Report on vaccination in Madras 1895-1903 - 1895-1903
Year: 1895
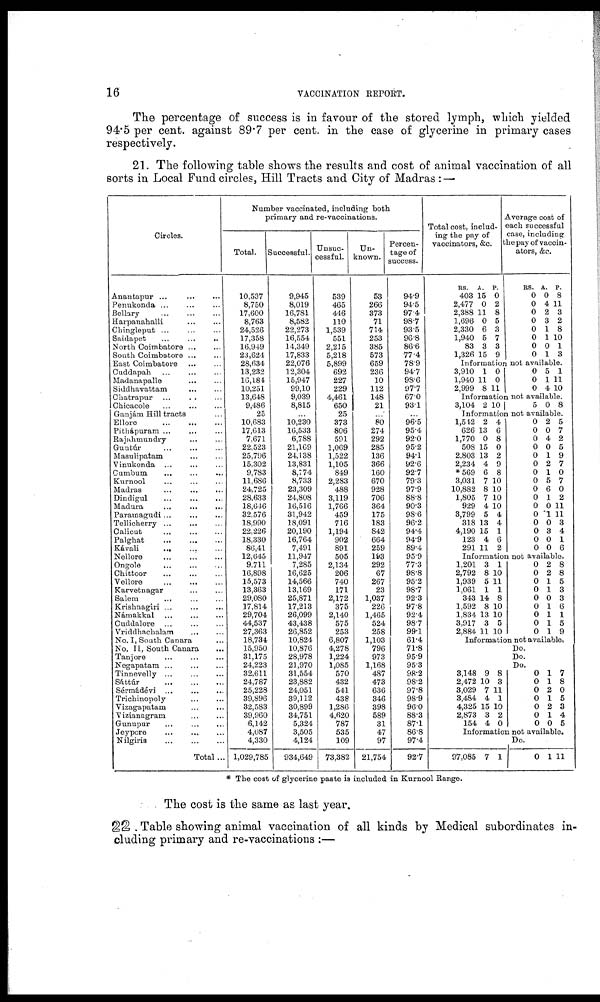
16
VACCINATION REPORT.
The percentage of success is in favour of the stored lymph, which yielded
94.5 per cent. against 89.7 per cent. in the case of glycerine in primary cases
respectively.
21. The following table shows the results and cost of animal vaccination of all
sorts in Local Fund circles, Hill Tracts and City of Madras : —
Circles.
Anantapur ...
...
...
Penukonda ... ... ...
Bellary ... ... ...
Harpanahalli ... ...
Chingleput ... ...
Saidapet ... ... ...
North Coimbatore ... ...
South Coimbatore ... ...
East Coimbatore ... ...
Cuddapah ... ... ...
Madanapalle ... ... ...
Siddhavattam ... ...
Chatrapur ... ... ...
Chicacole ... ... ...
Ganjám Hill tracts ...
Ellore
...
...
...
Pithápuram ... ... ...
Rajahmundry
... ...
Guntúr ... ... ...
Masulipatam ... ...
Vinukonda
...
...
...
Gumbum
... ... ...
Kurnool ... ... ...
Madras ... ... ...
Dindigul ... ... ...
Madura
...
...
...
Paramagudi ... ... ...
Tellicherry ...
... ...
Calicut ... ... ...
Palghat
...
...
...
Kávali
...
... ...
Nellore ... ... ...
Ongole
...
...
...
Chittoor ... ... ...
Vellore
...
...
...
Karvetnagar
...
...
Salem ... ... ...
Krishnagiri ... ... ...
Námakkal ... ... ...
Cuddalore ...
...
...
Vriddhachalam
... ...
No. I, South Canara ...
No. II, South Canara ...
Tanjore
...
...
...
Negapatam ... ... ...
Tinnevelly...
...
...
Sáttár
...
...
...
Sérmádévi ... ... ...
Trichinopoly ... ...
Vizagapatam
...
...
Vizianagram ... ...
Gunupur ... ... ...
Jeypore ... ... ...
Nilgiris ... ... ...
Total ...
Number vaccinated, including both
primary and re-vaccinations.
Total.
10,537
8,750
17,600
8,763
24,526
17,358
16,949
23,624
28,634
13,232
16,184
10,251
13,648
9,486
25
10,683
17,613
7,671
22,523
25,796
15,302
9,783
11,686
24,725
28,633
18,646
32,576
18,990
22,226
18,330
86,41
12,645
9,711
16,898
15,573
13,363
29,080
17,814
29,704
44,537
27,363
18,734
15,950
31,175
24,223
32,611
24,787
25,228
39,896
32,583
39,960
6,142
4,087
4,330
1,029,785
Successful.
9,945
8,019
16,781
8,582
22,273
16,554
14,349
17,833
22,076
12,304
15,947
99,10
9,039
8,815
...
10,230
16,533
6,788
21,169
24,138
13,831
8,774
8,733
23,309
24,808
16,516
31,942
18,091
20,190
16,764
7,491
11,947
7,285
16,625
14,566
13,169
25,871
17,213
26,099
43,438
26,852
10,824
10,876
28,978
21,970
31,554
23,882
24,051
39,112
30,899
34,751
5,324
3,505
4,124
934,649
Unsuc-
cessful.
539
465
446
110
1,539
551
2,215
5,218
5,899
692
227
229
4,461
650
25
373
806
591
1,069
1,522
1,105
849
2,283
488
3,119
1,766
459
716
1,194
902
891
505
2,134
206
740
171
2,172
375
2,140
575
253
6,807
4,278
1,224
1,085
570
432
541
438
1,286
4,620
787
535
109
73,382
Un-
known.
53
266
373
71
714
253
385
573
659
236
10
112
148
21
...
80
274
292
285
136
366
160
670
928
706
364
175
183
842
664
259
193
292
67
267
23
1,037
226
1,465
524
258
1,103
796
973
1,168
487
473
636
346
398
589
31
47
97
21,754
Percen-
tage of
success.
94.9
94.5
97.
98.7
93.5
96.8
86.6
77.4
78.9
94.7
98.6
97.7
67.0
93.1
...
96.5
95.4
92.0
95.2
94.1
92.6
92.7
79.3
97.9
88.8
90.3
98.6
96.2
94.4
94.9
89.4
95.9
77.3
98.8
95.2
98.7
92.3
97.8
92.4
98.7
99.1
61.4
71.8
95.9
95.3
98.2
98.2
97.8
98.9
96.0
88.3
87.1
86.8
97.4
92.7
Total cost, includ-
ing the pay of
vaccinators, &c.
RS.
403
2,477
2,388
1,696
2,330
1,940
83
1,326
A.
15
0
11
0
6
5
3
15
P.
0
2
8
5
3
7
3
9
Average cost of
each successful
case, including
the pay of vaccin-
ators, &c.
RS.
0
0
0
0
0
0
0
0
A.
0
4
2
3
1
1
0
1
P.
8
11
3
2
8
10
1
3
Information not available.
3,910
1,940
2,999
1
11
8
0
0
11
0
0
0
5
1
4
1
11
10
Information not available.
3,104 2 10
5 0 8
Information not available.
1,542
626
1,770
508
2,803
2,234
*569
3,031
10,882
1,805
929
3,799
318
4,190
123
291
2
13
0
15
13
4
6
7
8
7
4
5
13
15
4
11
4
6
8
0
2
9
8
10
10
10
10
4
4
1
6
2
0
0
0
0
0
0
0
0
0
0
0
0
0
0
0
0
2
0
4
0
1
2
1
5
6
1
0
1
0
3
0
0
5
7
2
5
9
7
0
7
0
2
11
11
3
4
1
6
Information not available.
1,201
2,792
1,939
1,061
343
1,592
1,834
3,917
2,884
3
8
5
1
14
8
13
3
11
1
10
11
1
8
10
10
5
10
0
0
0
0
0
0
0
0
0
2
2
1
1
0
1
1
1
1
8
8
5
3
3
6
1
5
9
Information not available.
Do.
Do.
Do.
3,148
2,472
3,029
3,484
4,325
2,873
154
9
10
7
4
15
3
4
8
3
11
1
10
2
0
0
0
0
0
0
0
0
1
1
2
1
2
1
0
7
8
0
5
3
4
5
Information not available.
Do.
97,085 7 1
0 1 11
* The cost of glycerine paste is included in Kurnool Range.
The cost is the same as last year.
22. Table showing animal vaccination of all kinds by Medical subordinates in-
cluding primary and re-vaccinations :—